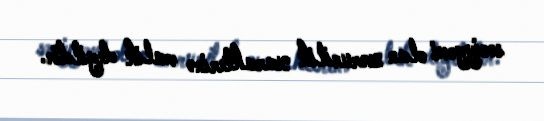
səciyyəvi olan zərurilik xarakterinə malik deyildir.